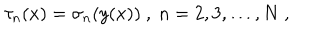
LaTeX: \tau _ { n } ( x ) = \sigma _ { n } ( y ( x ) ) \ , \ n = 2 , 3 , \ldots , N \ ,